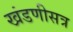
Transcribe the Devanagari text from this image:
खंडणीसत्र